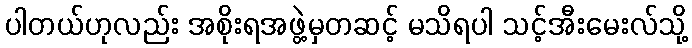
ပါတယ်ဟုလည်း အစိုးရအဖွဲ့မှတဆင့် မသိရပါ သင့်အီးမေးလ်သို့